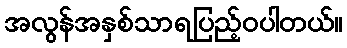
အလွန်အနှစ်သာရပြည့်ဝပါတယ်။